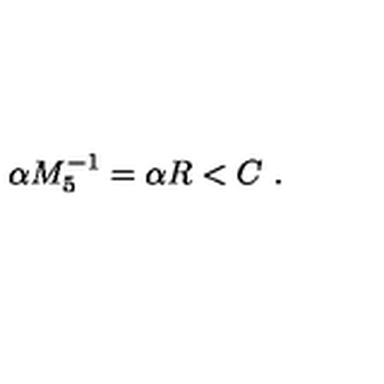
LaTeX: \alpha M _ { 5 } ^ { - 1 } = \alpha R < C \ .